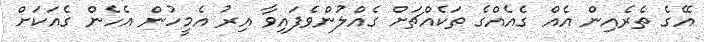
އޭގެ ތެރެއިން އެއް ގެއެއްގެ ތަކެއްޗަށް ގެއްލުންވެފައިވާ އިރު އެމީހުން އެހެން ގެއަކަށް